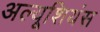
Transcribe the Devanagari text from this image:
अल्यूशियंस